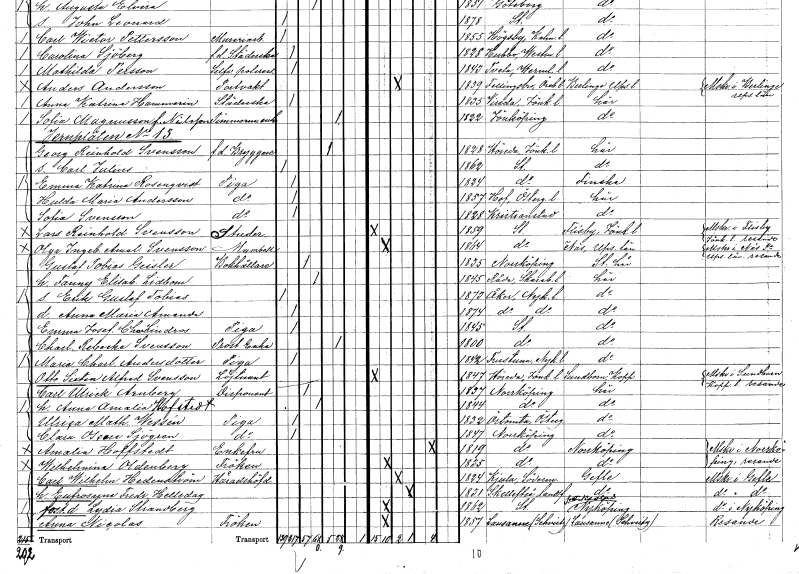
gt_parse: households: individuals: FN: Hulda Maria
EN: Andersson
YRKE: Piga
KON: K
CIV: O
FODAR: 1857
FODFORS: Hov Östergötlands län
FN: Sofia
EN: Svensson
YRKE: Piga
KON: K
CIV: O
FODAR: 1828
FODFORS: Kristianstad Kristianstads län
FN: Lars Reinhold
EN: Svensson
YRKE: Studerande
KON: M
CIV: O
FODAR: 1859
FODFORS: Stockholm
FN: Olga Ingeborg Amalia
EN: Svensson
KON: K
CIV: O
FODAR: 1864
FODFORS: Stockholm
FN: Gustaf Tobias
EN: Geisler
YRKE: Bokhållare
KON: M
CIV: G
FODAR: 1835
FODFORS: Norrköping Östergötlands län
FN: Fanny Elisabet
EN: Lidbom
KON: K
CIV: G
FODAR: 1845
FODFORS: Råda Skaraborgs län
FN: Erik Gustaf Tobias
KON: M
CIV: O
FODAR: 1873
FODFORS: Åker Södermanlands län
FN: Anna Maria Amanda
KON: K
CIV: O
FODAR: 1874
FODFORS: Åker Södermanlands län
FN: Emma Josefina Charlotta
EN: Lindros
YRKE: Piga
KON: K
CIV: O
FODAR: 1845
FODFORS: Stockholm
FN: Charlotta Rebecka
EN: Svensson
YRKE: Prostänka
KON: K
CIV: E
FODAR: 1800
FODFORS: Stockholm
FN: Maria Charlotta
EN: Andersdotter
YRKE: Piga
KON: K
CIV: O
FODAR: 1842
FODFORS: Frustuna Södermanlands län
FN: Otto Sixten Alfred
EN: Svensson
YRKE: Löjtnant
KON: M
CIV: O
FODAR: 1847
FODFORS: Höreda Jönköpings län
FN: Carl Ulrick
EN: Arnberg
YRKE: Disponent
KON: M
CIV: G
FODAR: 1837
FODFORS: Norrköping Östergötlands län
FN: Anna Amalia
EN: Hofstedt
KON: K
CIV: G
FODAR: 1844
FODFORS: Norrköping Östergötlands län
FN: Ulrica Mathilda
EN: Wessén
YRKE: Piga
KON: K
CIV: O
FODAR: 1832
FODFORS: Örtomta Östergötlands län
FN: Clara Oscara
EN: Sjögren
YRKE: Piga
KON: K
CIV: O
FODAR: 1847
FODFORS: Norrköping Östergötlands län
FN: Amalia
EN: Hoffstedt
KON: K
CIV: E
FODAR: 1819
FODFORS: Norrköping Östergötlands län
FN: Wilhelmina
EN: Oldenberg
KON: K
CIV: O
FODAR: 1835
FODFORS: Norrköping Östergötlands län
FN: Carl Wilhelm
EN: Hedenström
YRKE: Häradshövding
KON: M
CIV: G
FODAR: 1824
FODFORS: Kjula Södermanlands län
FN: Eufrosyne Fredrika
EN: Helleday
KON: K
CIV: G
FODAR: 1831
FODFORS: Skellefteå landsförsamling Västerbottens län
FN: Lydia
EN: Strandberg
KON: K
CIV: O
FODAR: 1862
FODFORS: Stockholm
FN: Anna
EN: Nicolas
KON: K
CIV: O
FODAR: 1857